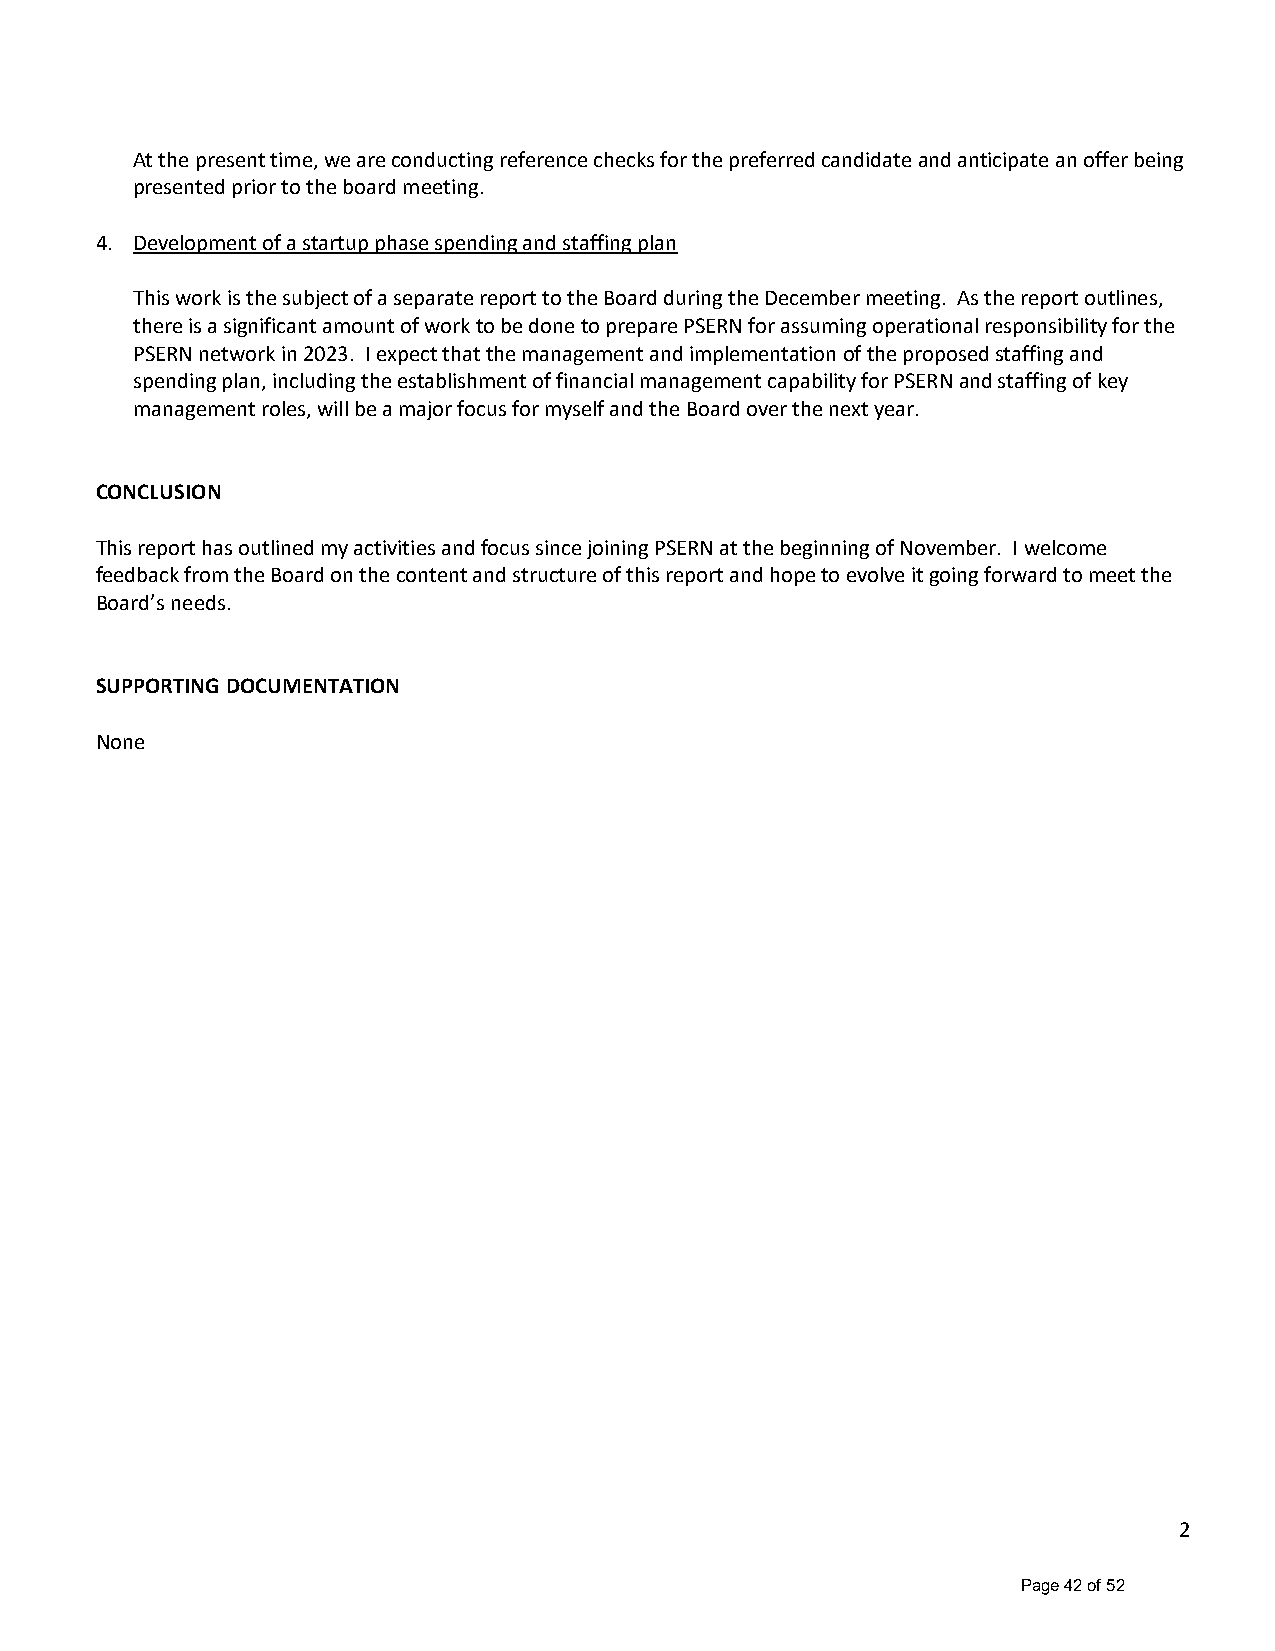
At the present time, we are conducting reference checks for the preferred candidate and anticipate an offer being
 presented prior to the board meeting.
 4. Development of a startup phase spending and staffing plan
 This work is the subject of a separate report to the Board during the December meeting. As the report outlines,
 there is a significant amount of work to be done to prepare PSERN for assuming operational responsibility for the
 PSERN network in 2023. I expect that the management and implementation of the proposed staffing and
 spending plan, including the establishment of financial management capability for PSERN and staffing of key
 management roles, will be a major focus for myself and the Board over the next year.
 CONCLUSION
 This report has outlined my activities and focus since joining PSERN at the beginning of November. I welcome
 feedback from the Board on the content and structure of this report and hope to evolve it going forward to meet the
 Board’s needs.
 SUPPORTING DOCUMENTATION
 None
 2
 Page 42 of 52